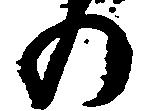
の